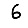
Digit: 6